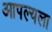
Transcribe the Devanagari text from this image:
आपल्यला